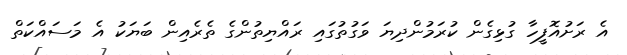
އެ ރަށުއޮފީހާ ގުޅިގެން ކުރަމުންދިޔަ ވަގުތުގައި ރައްޔިތުންގެ ތެރެއިން ބަޔަކު އެ މަސައްކަތް